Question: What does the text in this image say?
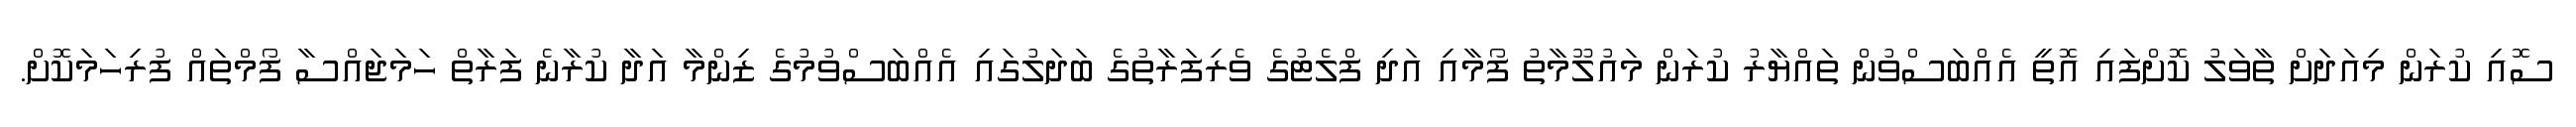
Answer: ސޮއި ކުރަން މިއަދަށް ތާވަލު ކޮށްފައި އޮތީ އެއްބަސްވުން ތައްޔާރު ކުރަން މައުލޫމާތު ފޯމާއި އަދި ފްލެޓުގެ ވެރިފަރާތުގެ ބަދަލުގައި އެއްބަސްވުމުގެ ޒިންމާ އަދާ ކުރާނެ ފަރާތް ހަމަޖައްސާ ފޯމްތައް ފުރިހަމަކޮށް.